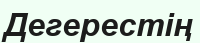
Дегерестің